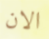
الان